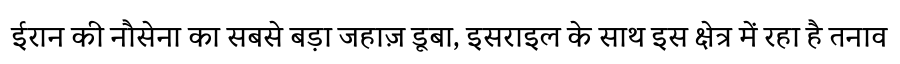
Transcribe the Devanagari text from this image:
ईरान की नौसेना का सबसे बड़ा जहाज़ डूबा, इसराइल के साथ इस क्षेत्र में रहा है तनाव